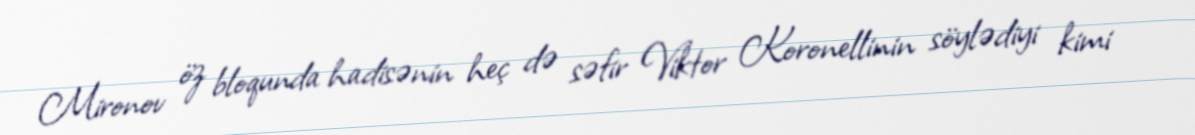
Mironov öz bloqunda hadisənin heç də səfir Viktor Koronellinin söylədiyi kimi